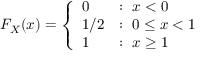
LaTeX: F _ { X } ( x ) = { \left\{ \begin{array} { l l } { 0 } & { : \ x < 0 } \\ { 1 / 2 } & { : \ 0 \leq x < 1 } \\ { 1 } & { : \ x \geq 1 } \end{array} \right. }